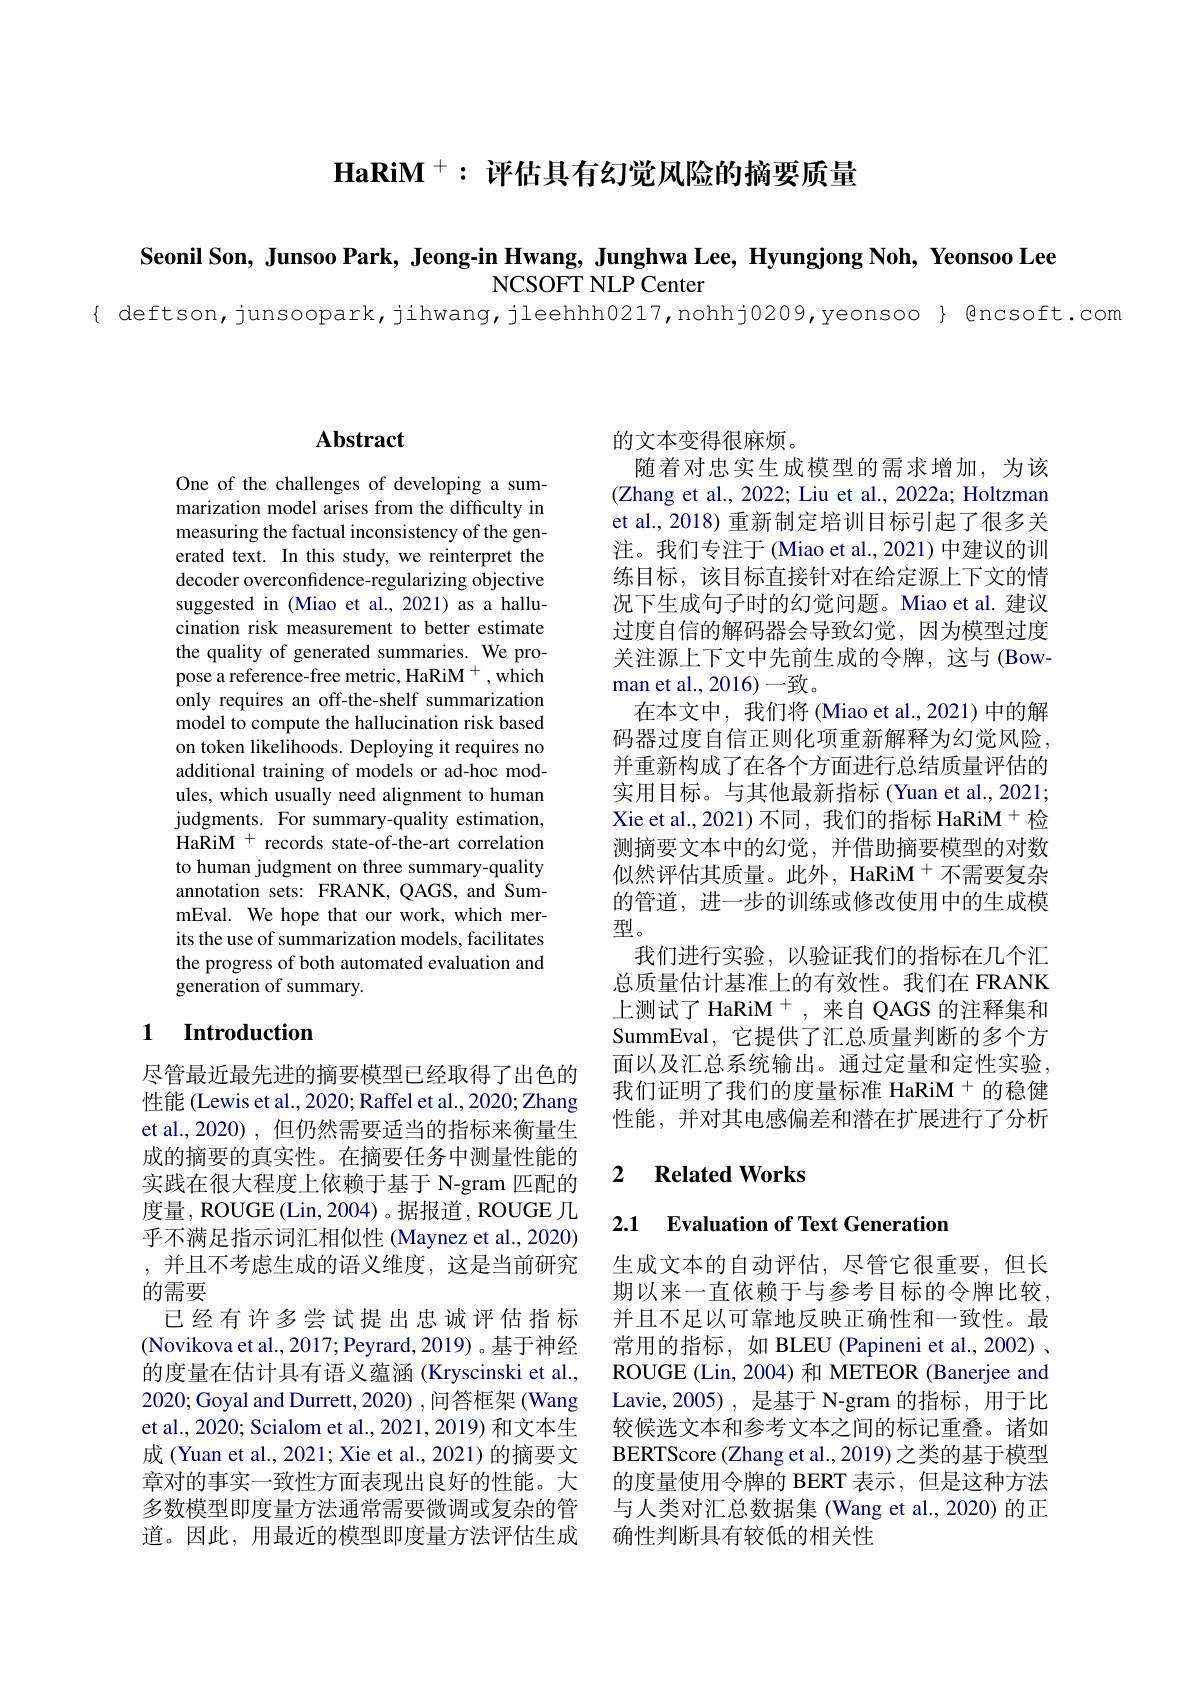
$\textbf{HaRiM }^+:$评估具有幻觉风险的摘要质量

Seonil Son, Junsoo Park, Jeong-in Hwang, Junghwa Lee, Hyungjong Noh, Yeonsoo Lee
NCSOFT NLP Center

{ deftson,junsoopark,jihwang,jleehhh0217,nohhj0209,yeonsoo} Qncsoft.com

### $\mathbf{Abstract}$

One of the challenges of developing a summarization model arises from the difficulty in measuring the factual inconsistency of the generated text. In this study, we reinterpret the decoder overconfidence-regularizing objective suggested in (Miao et al., 2021) as a hallucination risk measurement to better estimate the quality of generated summaries. We propose a reference-free metric, HaRiM $^+,\hat{\mathrm{which}}$ only requires an off-the-shelf summarization model to compute the hallucination risk based on token likelihoods. Deploying it requires no additional training of models or ad-hoc modules, which usually need alignment to human judgments. For summary-quality estimation, HaRiM + records state-of-the-art correlation to human judgment on three summary-quality annotation sets: FRANK, QAGS, and SummEval. We hope that our work, which merits the use of summarization models, facilitates the progress of both automated evaluation and generation of summary.

## 1 $\textbf{Introduction}$

尽管最近最先进的摘要模型已经取得了出色的性能 (Lewis et al., 2020; Raffel et al., 2020; Zhang et al.,2020),但仍然需要适当的指标来衡量生成的摘要的真实性。在摘要任务中测量性能的实践在很大程度上依赖于基于 N-gram 匹配的度量，ROUGE (Lin, 2004) 。据报道，ROUGE 几乎不满足指示词汇相似性 (Maynez et al., 2020) ,并且不考虑生成的语义维度，这是当前研究的需要
已经有许多尝试提出忠诚评估指标(Novikova et al., 2017; Peyrard, 2019) 。基于神经的度量在估计具有语义蕴涵(Kryscinski et al., 2020;Goyal and Durrett, 2020) , 问答框架 (Wang et al., 2020; Scialom et al., 2021, 2019) 和文本生成 (Yuan et al., 2021; Xie et al., 2021) 的摘要文章对的事实一致性方面表现出良好的性能。大多数模型即度量方法通常需要微调或复杂的管道。因此，用最近的模型即度量方法评估生成

的文本变得很麻烦。
随着对忠实生成模型的需求增加，为该(Zhang et al., 2022; Liu et al., 2022a; Holtzman et al., 2018) 重新制定培训目标引起了很多关注。我们专注于 (Miao et al., 2021) 中建议的训练目标，该目标直接针对在给定源上下文的情况下生成句子时的幻觉问题。Miao et al. 建议过度自信的解码器会导致幻觉，因为模型过度关注源上下文中先前生成的令牌，这与(Bowman et al., 2016)一致。
在本文中，我们将(Miao et al., 2021) 中的解码器过度自信正则化项重新解释为幻觉风险， 并重新构成了在各个方面进行总结质量评估的实用目标。与其他最新指标 (Yuan et al., 2021; Xie et al., 2021) 不同，我们的指标 HaRiM $^{+}$检测摘要文本中的幻觉，并借助摘要模型的对数似然评估其质量。此外，HaRiM $^{+}$不需要复杂的管道，进一步的训练或修改使用中的生成模型。
我们进行实验，以验证我们的指标在几个汇总质量估计基准上的有效性。我们在 FRANK 上测试了 HaRiM $^+$,来自 QAGS 的注释集和SummEval, 它提供了汇总质量判断的多个方面以及汇总系统输出。通过定量和定性实验， 我们证明了我们的度量标准 HaRiM + 的稳健性能，并对其电感偏差和潜在扩展进行了分析

## 2 $\textbf{Related Works}$

### 2.1 Evaluation of Text Generation

生成文本的自动评估，尽管它很重要，但长期以来一直依赖于与参考目标的令牌比较， 并且不足以可靠地反映正确性和一致性。最常用的指标，如 BLEU (Papineni et al., 2002) . ROUGE (Lin,2004) 和 METEOR (Banerjee and Lavie,2005),是基于 N-gram 的指标，用于比较候选文本和参考文本之间的标记重叠。诸如BERTScore (Zhang et al., 2019) 之类的基于模型的度量使用令牌的 BERT 表示，但是这种方法与人类对汇总数据集 (Wang et al.,2020) 的正确性判断具有较低的相关性